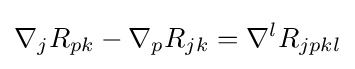
\nabla _{j}R_{pk}-\nabla _{p}R_{jk}=\nabla ^{l}R_{jpkl}